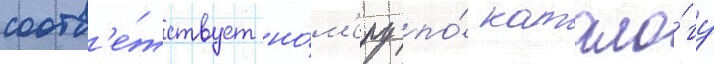
соотв'е́тствует но́м'еру по́ катало́гу